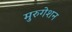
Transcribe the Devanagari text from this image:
मुरुगेशन